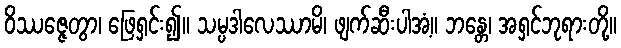
ဝိဿဇ္ဇေတွာ၊ ဖြေရှင်း၍။ သမ္ပဒါလေဿာမိ၊ ဖျက်ဆီးပါအံ့။ ဘန္တေ၊ အရှင်ဘုရားတို့။